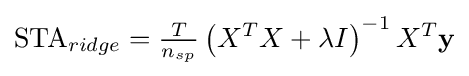
\mathrm {STA} _{ridge}={\tfrac {T}{n_{sp}}}\left(X^{T}X+\lambda I\right)^{-1}X^{T}\mathbf {y}